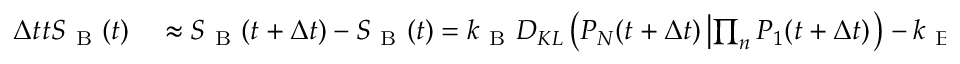
\begin{array} { r l } { \Delta t \d _ { t } S _ { \mathrm { ~ B ~ } } ( t ) } & { { } \approx S _ { \mathrm { ~ B ~ } } ( t + \Delta t ) - S _ { \mathrm { ~ B ~ } } ( t ) = { k _ { \mathrm { ~ B ~ } } } D _ { K L } \left( P _ { N } ( t + \Delta t ) \left| \prod _ { n } P _ { 1 } ( t + \Delta t ) \right. \right) - { k _ { \mathrm { ~ B ~ } } } D _ { K L } \left( P _ { N } ( t ) \left| \prod _ { n } P _ { 1 } ( t ) \right. \right) \, , } \end{array}